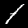
Digit: 1